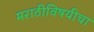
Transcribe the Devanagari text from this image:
मराठीविषयीचा